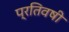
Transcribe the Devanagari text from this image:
प्रतिवषी